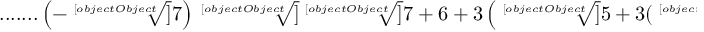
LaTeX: { \mathrm { . . . . . . . } } \left( - { \sqrt [ [object Object] ] { 7 } } \right) { \sqrt [ [object Object] ] { { \sqrt [ [object Object] ] { 7 } } + 6 + 3 \left( { \sqrt [ [object Object] ] { 5 + 3 ( { \sqrt [ [object Object] ] { 7 } } - { \sqrt [ [object Object] ] { 4 9 } } ) } } + { \sqrt [ [object Object] ] { - 3 + 3 ( { \sqrt [ [object Object] ] { 7 } } - { \sqrt [ [object Object] ] { 4 9 } } ) } } \right) } }